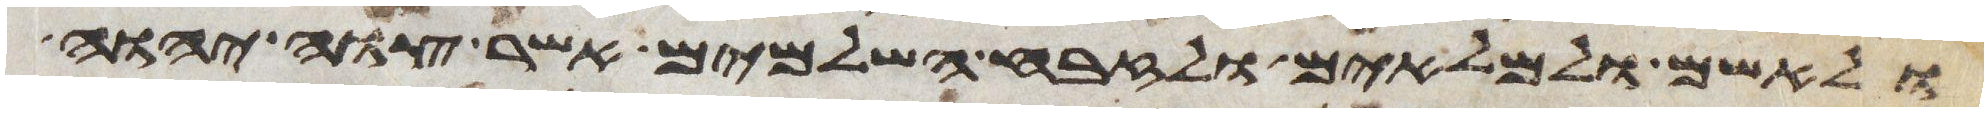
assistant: ולאשם ולמלאים ולזבח השלמים אשר צוה יהוה